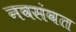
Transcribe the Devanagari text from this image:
नवसंवत